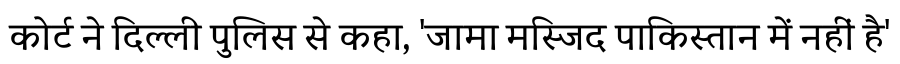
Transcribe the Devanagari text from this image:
कोर्ट ने दिल्ली पुलिस से कहा, 'जामा मस्जिद पाकिस्तान में नहीं है'